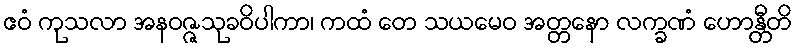
ဧဝံ ကုသလာ အနဝဇ္ဇသုခဝိပါကာ၊ ကထံ တေ သယမေဝ အတ္တနော လက္ခဏံ ဟောန္တီတိ